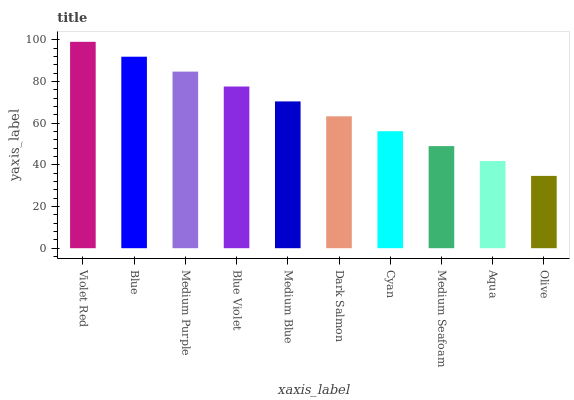
| xaxis_label | bars |
 | --- | --- |
 | Violet Red | 99 |
 | Blue | 91.9 |
 | Medium Purple | 84.7 |
 | Blue Violet | 77.6 |
 | Medium Blue | 70.4 |
 | Dark Salmon | 63.3 |
 | Cyan | 56.1 |
 | Medium Seafoam | 49 |
 | Aqua | 41.8 |
 | Olive | 34.7 |